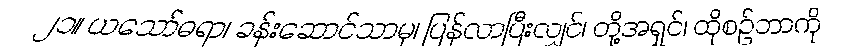
၂၁။ ယသော်ဓရာ၊ ခန်းဆောင်သာမှ၊ ပြန်လာပြီးလျှင်၊ တို့အရှင်၊ ထိုစဉ်ဘာကို